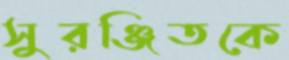
সুরঞ্জিতকে